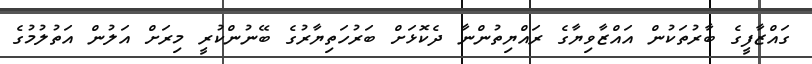
ގައްޒާފީގެ ބާރުތަކުން އައްޒާވިޔާގެ ރައްޔިތުންނާ ދެކޮޅަށް ބަރުހަތިޔާރުގެ ބޭނުންކުރީ މިރަށް އަލުން އަތުލުމުގެ